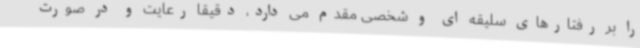
را بر رفتارهای سلیقه ای و شخصی مقدم می دارد، دقیقا رعایت و در صورت